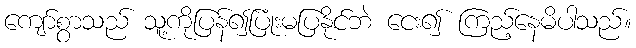
ကျော်စွာသည် သူ့ကိုပြန်၍ပြုံးမပြနိုင်ဘဲ ငေး၍ ကြည့်နေမိပါသည်။